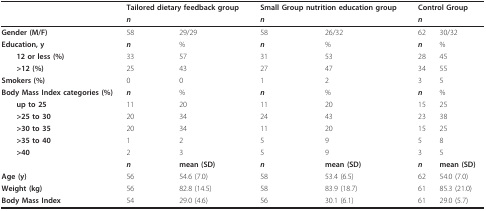
<table><thead><tr><td></td><td colspan="2"><b>Tailored dietary feedback group</b></td><td colspan="2"><b>Small Group nutrition education group</b></td><td colspan="2"><b>Control Group</b></td></tr><tr><td></td><td><b><i>n</i></b></td><td></td><td><b><i>n</i></b></td><td></td><td><b><i>n</i></b></td><td></td></tr></thead><tbody><tr><td><b>Gender (M/F)</b></td><td>58</td><td>29/29</td><td>58</td><td>26/32</td><td>62</td><td>30/32</td></tr><tr><td><b>Education, y</b></td><td><b><i>n</i></b></td><td>%</td><td><b><i>n</i></b></td><td>%</td><td><b><i>n</i></b></td><td>%</td></tr><tr><td> <b>12 or less (%)</b></td><td>33</td><td>57</td><td>31</td><td>53</td><td>28</td><td>45</td></tr><tr><td> <b>&gt;12 (%)</b></td><td>25</td><td>43</td><td>27</td><td>47</td><td>34</td><td>55</td></tr><tr><td><b>Smokers (%)</b></td><td>0</td><td>0</td><td>1</td><td>2</td><td>3</td><td>5</td></tr><tr><td><b>Body Mass Index categories (%)</b></td><td><b><i>n</i></b></td><td>%</td><td><b><i>n</i></b></td><td>%</td><td><b><i>n</i></b></td><td>%</td></tr><tr><td> <b>up to 25</b></td><td>11</td><td>20</td><td>11</td><td>20</td><td>15</td><td>25</td></tr><tr><td> <b>&gt;25 to 30</b></td><td>20</td><td>34</td><td>24</td><td>43</td><td>23</td><td>38</td></tr><tr><td> <b>&gt;30 to 35</b></td><td>20</td><td>34</td><td>11</td><td>20</td><td>15</td><td>25</td></tr><tr><td> <b>&gt;35 to 40</b></td><td>1</td><td>2</td><td>5</td><td>9</td><td>5</td><td>8</td></tr><tr><td> <b>&gt;40</b></td><td>2</td><td>3</td><td>5</td><td>9</td><td>3</td><td>5</td></tr><tr><td></td><td><b><i>n</i></b></td><td><b>mean (SD)</b></td><td><b><i>n</i></b></td><td><b>mean (SD)</b></td><td><b><i>n</i></b></td><td><b>mean (SD)</b></td></tr><tr><td><b>Age (y)</b></td><td>56</td><td>54.6 (7.0)</td><td>58</td><td>53.4 (6.5)</td><td>62</td><td>54.0 (7.0)</td></tr><tr><td><b>Weight (kg)</b></td><td>56</td><td>82.8 (14.5)</td><td>58</td><td>83.9 (18.7)</td><td>61</td><td>85.3 (21.0)</td></tr><tr><td><b>Body Mass Index </b></td><td>54</td><td>29.0 (4.6)</td><td>56</td><td>30.1 (6.1)</td><td>61</td><td>29.0 (5.7)</td></tr></tbody></table>